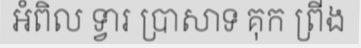
អំពិល ទ្វារ ប្រាសាទ គុក ព្រីង